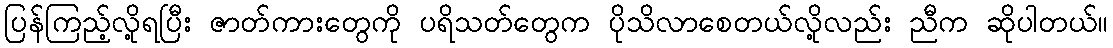
ပြန်ကြည့်လို့ရပြီး ဇာတ်ကားတွေကို ပရိသတ်တွေက ပိုသိလာစေတယ်လို့လည်း ညီက ဆိုပါတယ်။